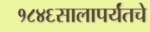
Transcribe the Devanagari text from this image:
१८४६सालापर्यंतचे